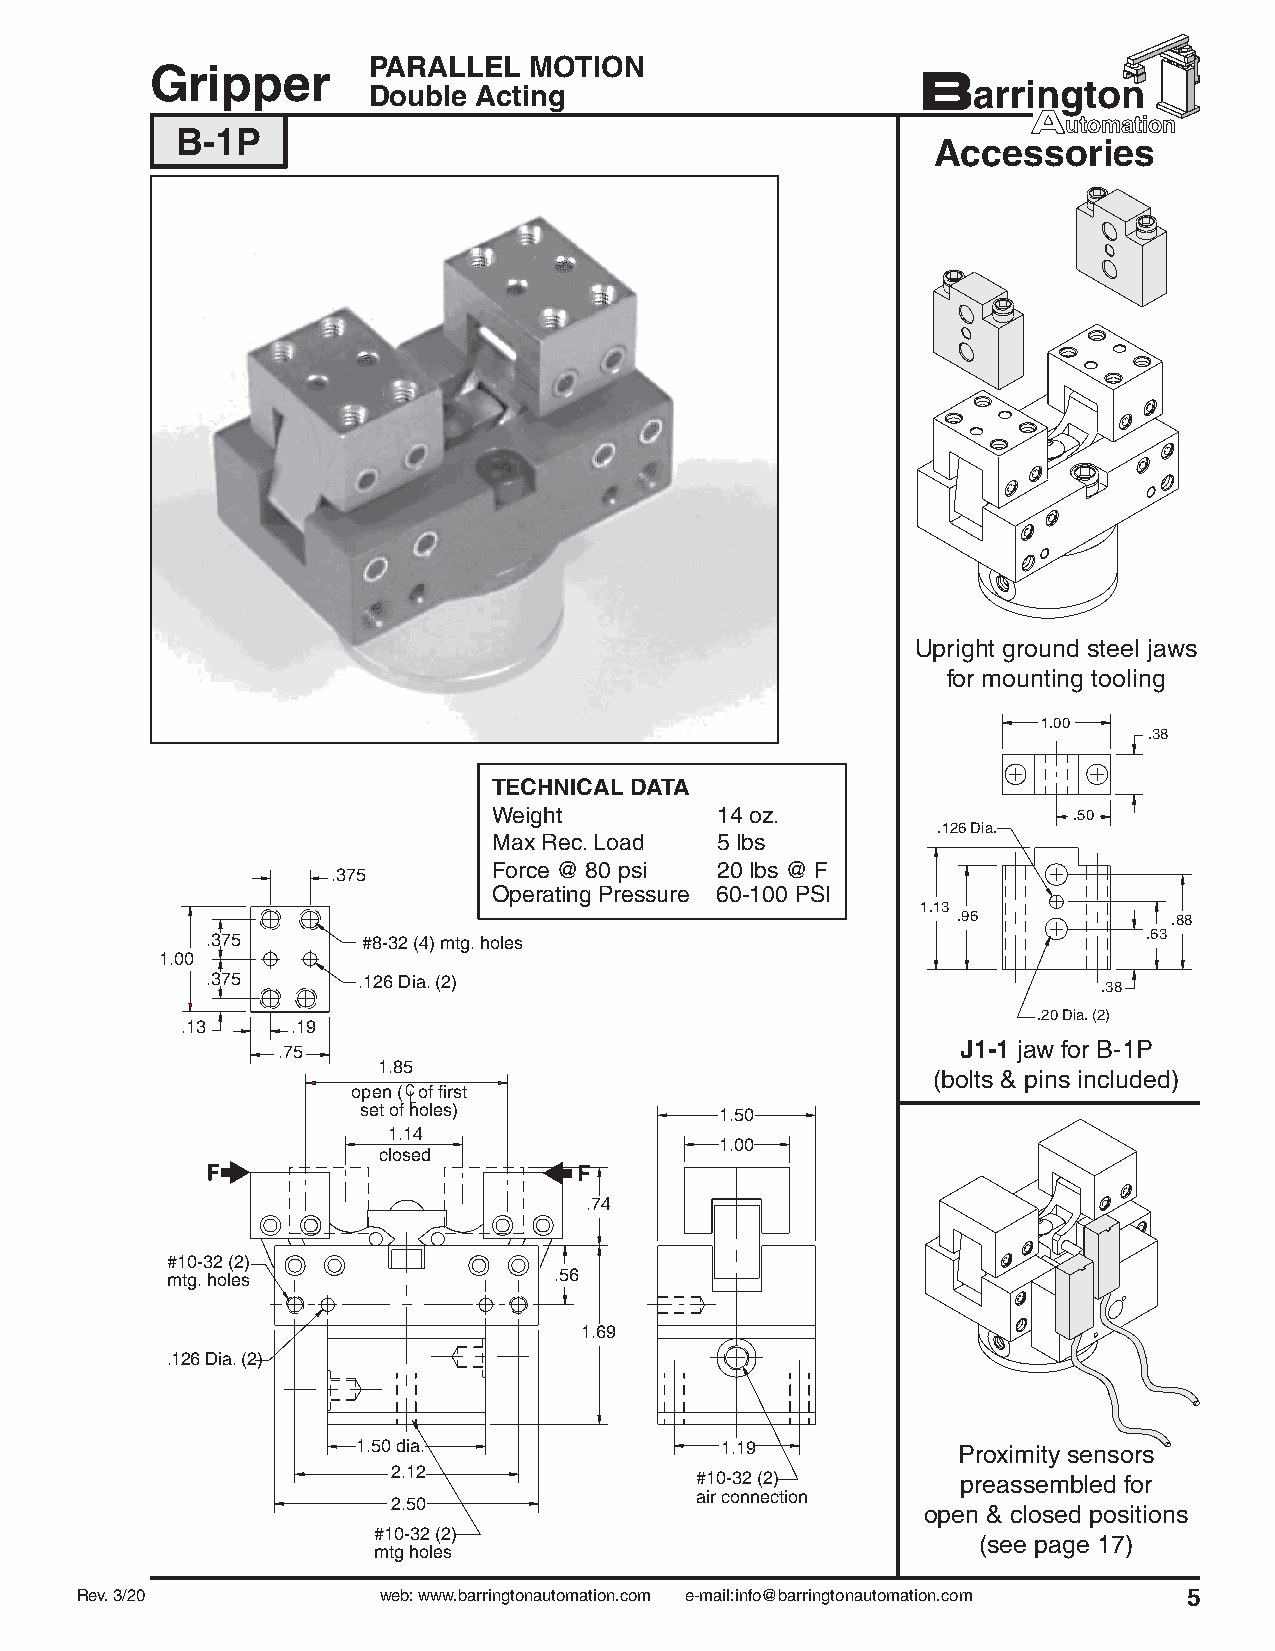
PARALLEL   MOTION
 Gripper
 Double Acting
 B-1P
 Accessories
 Upright ground steel jaws
 for mounting tooling
 1.00
 .38
 TECHNICAL DATA
 Weight        14 oz.                  .50
 .126 Dia.
 Max Rec. Load 5 lbs
 Force @ 80 psi 20 lbs @ F
 .375
 Operating Pressure 60-100 PSI
 1.13
 .96            .88
 .375      #8-32 (4) mtg. holes                                .63
 1.00
 .375      .126 Dia. (2)
 .38
 .20 Dia. (2)
 .13    .19
 J1-1 jaw for B-1P
 .75
 1.85
 (bolts & pins included)
 open ( C L of first
 set of holes)           1.50
 1.14
 1.00
 closed
 .74
 #10-32 (2)
 mtg. holes                .56
 1.69
 .126 Dia. (2)
 1.50 dia.               1.19           Proximity sensors
 2.12
 #10-32 (2)        preassembled for
 air connection
 2.50
 open & closed positions
 #10-32 (2)
 (see page 17)
 mtg holes
 Rev. 3/20           web: www.barringtonautomation.com e-mail:info@barringtonautomation.com 5